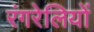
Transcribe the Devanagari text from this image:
रंगरेलियों